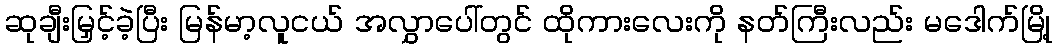
ဆုချီးမြှင့်ခဲ့ပြီး မြန်မာ့လူငယ် အလွှာပေါ်တွင် ထိုကားလေးကို နတ်ကြီးလည်း မဒေါက်မြို့